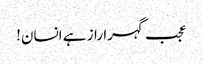
عجب گہرا راز ہے انسان!